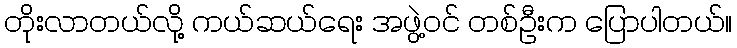
တိုးလာတယ်လို့ ကယ်ဆယ်ရေး အဖွဲ့ဝင် တစ်ဦးက ပြောပါတယ်။